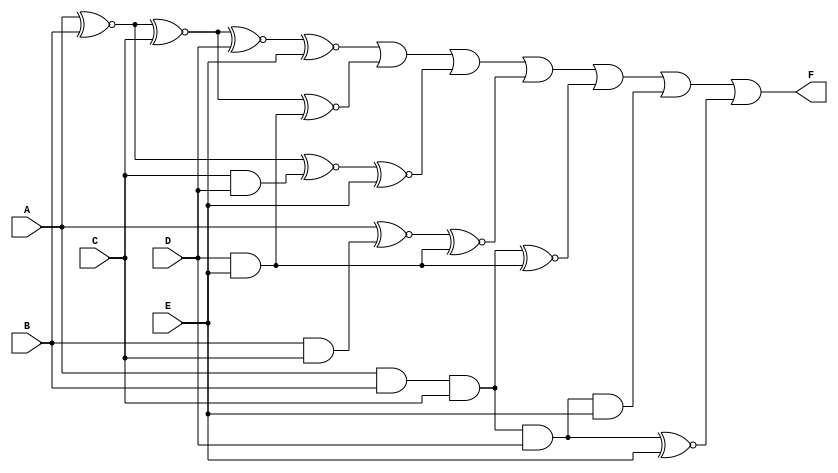
module five_variable_kmap (
    input wire A,  // Input variable A
    input wire B,  // Input variable B
    input wire C,  // Input variable C
    input wire D,  // Input variable D
    input wire E,  // Input variable E
    output wire F  // Output function based on K-map
);

    // Implementing the output based on the identified minterms
    assign F = (A ~^ B ~^ C ~^ D ~^ E)     // Minterm 0: (0, 0, 0, 0, 0)
             | (A ~^ B ~^ C ~^ D & E)     // Minterm 1: (0, 0, 0, 0, 1)
             | (A ~^ B ~^ C & D ~^ E)     // Minterm 3: (0, 0, 0, 1, 1)
             | (A ~^ B & C ~^ D & E)     // Minterm 5: (0, 1, 0, 1, 1)
             | (A & B & C ~^ D & E)       // Minterm 7: (0, 1, 1, 1, 1)
             | (A & B & C & D & E)         // Minterm 15: (1, 1, 1, 1, 1)
             | (A & B & C & D ~^ E);       // Minterm 31: (1, 1, 1, 1, 0)

endmodule